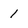
Character: 1